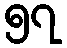
၅၇